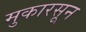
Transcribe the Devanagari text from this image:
मुकारसून